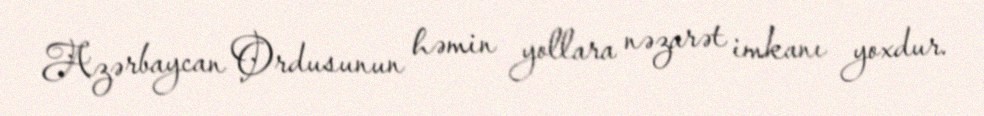
Azərbaycan Ordusunun həmin yollara nəzarət imkanı yoxdur.